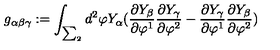
g _ { \alpha \beta \gamma } : = \int _ { \sum _ { 2 } } d ^ { 2 } \varphi Y _ { \alpha } ( \frac { \partial Y _ { \beta } } { \partial \varphi ^ { 1 } } \frac { \partial Y _ { \gamma } } { \partial \varphi ^ { 2 } } - \frac { \partial Y _ { \gamma } } { \partial \varphi ^ { 1 } } \frac { \partial Y _ { \beta } } { \partial \varphi ^ { 2 } } )